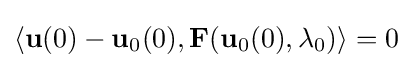
\langle \mathbf {u} (0)-\mathbf {u} _{0}(0),\mathbf {F} (\mathbf {u} _{0}(0),\lambda _{0})\rangle =0